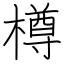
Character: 樽